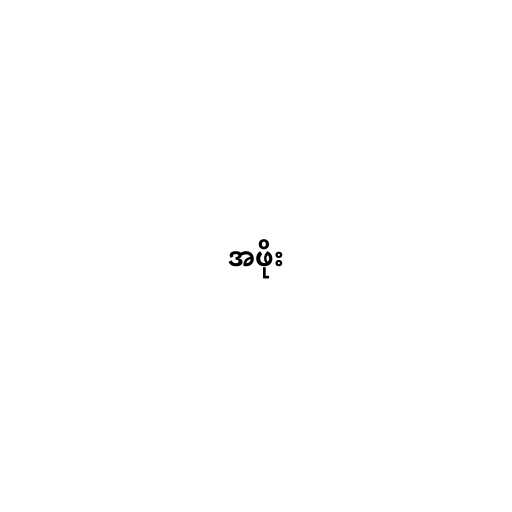
အဖိုး